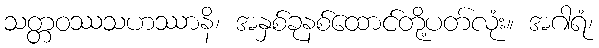
သတ္တဝဿသဟဿာနိ၊ အနှစ်ခုနစ်ထောင်တို့ပတ်လုံး။ အဂါရံ၊